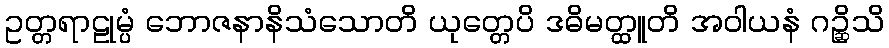
ဥတ္တရာဠုမ္ပံ ဘောဇနာနိသံသောတိ ယုတ္တေပိ ဒဓိမတ္ထူတိ အဝါယနံ ဂဉ္ဆိသိ